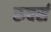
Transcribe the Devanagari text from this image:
रुचर्स